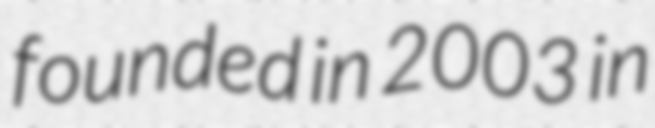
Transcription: founded in 2003 in